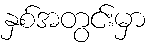
နှစ်အတွင်းမှာ